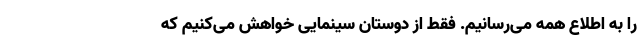
را به اطلاع همه می‌رسانیم. فقط از دوستان سینمایی خواهش می‌کنیم که